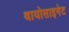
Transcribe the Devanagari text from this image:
थायोसाइनेट